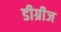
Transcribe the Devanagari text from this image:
डीग्रीज